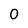
Character: O